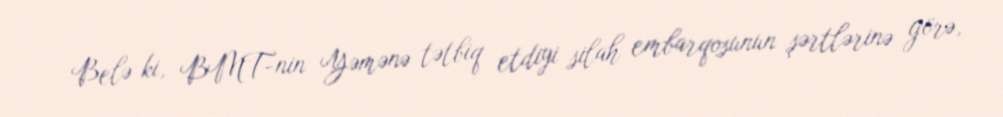
Belə ki, BMT-nin Yəmənə tətbiq etdiyi silah embarqosunun şərtlərinə görə,